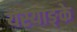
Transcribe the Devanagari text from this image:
यस्याङ्के